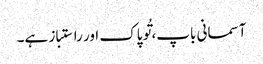
آسمانی باپ، تُو پاک اور راستباز ہے۔